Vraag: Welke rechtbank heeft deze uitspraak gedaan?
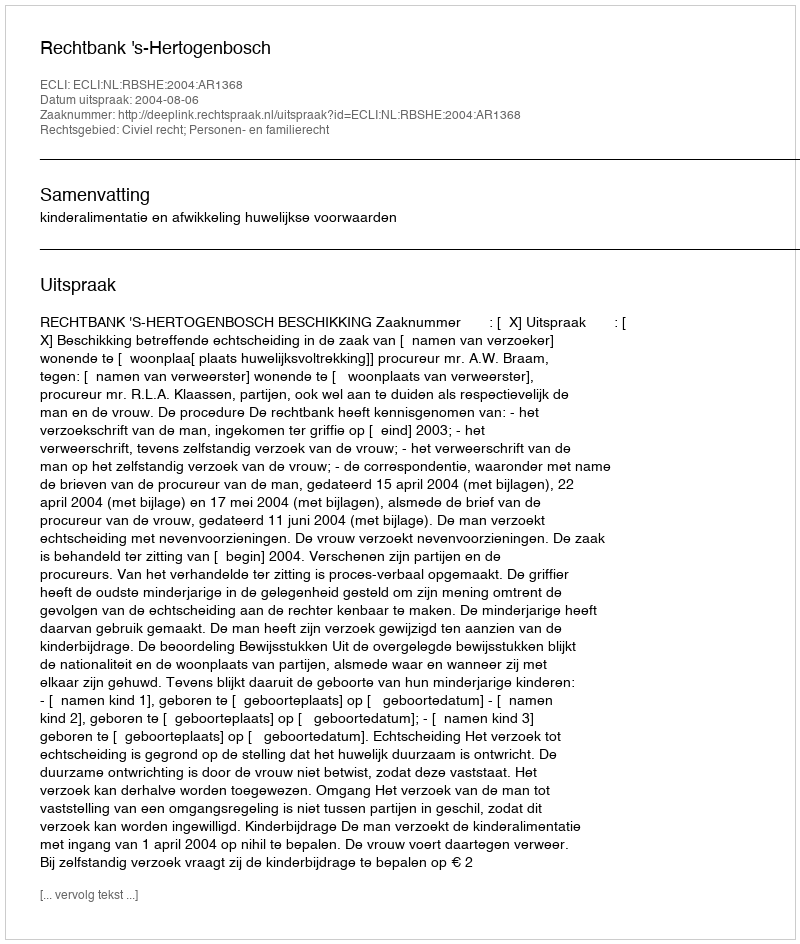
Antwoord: Rechtbank 's-Hertogenbosch